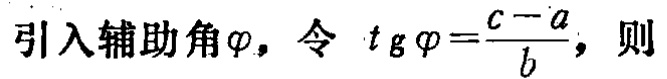
引入辅助角\(\varphi\)，令\(\tan\varphi = \frac{c - a}{b}\)，则